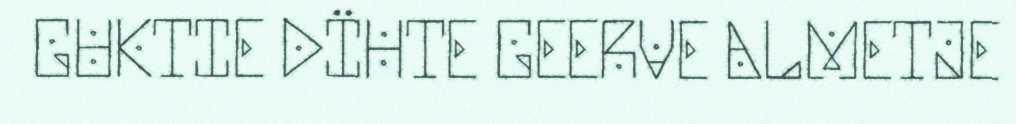
GUKTIE DÏHTE GEERVE ALMETJE